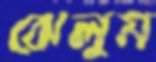
ঝেলুম